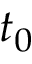
t _ { 0 }